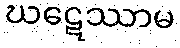
ဃဋေဿာမ